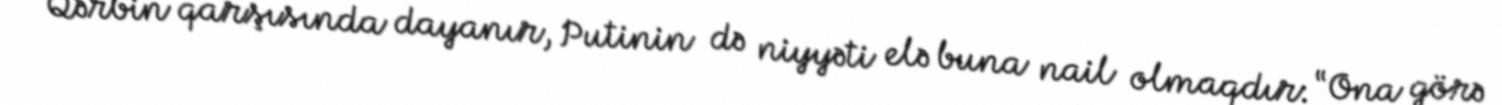
Qərbin qarşısında dayanır, Putinin də niyyəti elə buna nail olmaqdır: “Ona görə